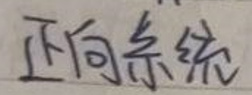
正向系统